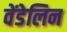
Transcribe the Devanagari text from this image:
वेंडेलिन